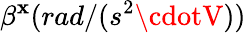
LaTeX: \beta^{\mathbf{x}}(rad/(s^{2}\cdotV))